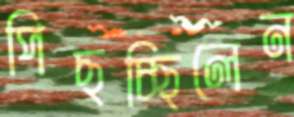
পিছচ্ছিলেন